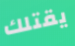
يقتلك